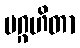
ပဂ္ဂဟိတာ